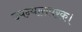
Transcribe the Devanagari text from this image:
उपन्यासपरक।